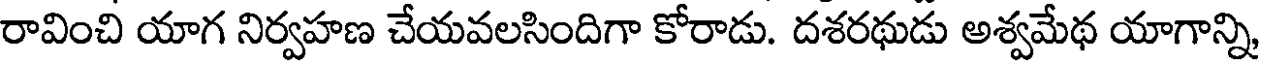
రావించి యాగ నిర్వహణ చేయవలసిందిగా కోరాడు. దశరథుడు అశ్వమేథ యాగాన్ని